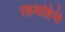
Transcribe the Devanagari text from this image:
रकवाहिनी